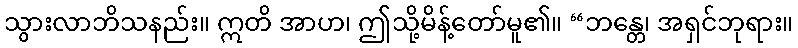
သွားလာဘိသနည်း။ ဣတိ အာဟ၊ ဤသို့မိန့်တော်မူ၏။ “ဘန္တေ၊ အရှင်ဘုရား။